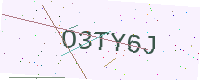
Text: O3TY6J